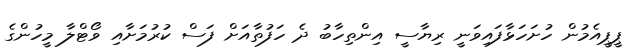
ޕީޕީއެމުން ހުށަހަޅާފައިވަނީ ރިޔާސީ އިންތިހާބު ދެ ހަފުތާއަށް ފަސް ކުރުމަށާއި ވޯޓްލާ މީހުންގެ